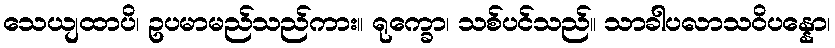
သေယျထာပိ၊ ဥပမာမည်သည်ကား။ ရုက္ခော၊ သစ်ပင်သည်။ သာခါပလာသဝိပန္နော၊